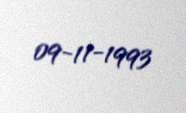
09-11-1993